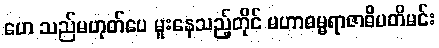
ဟေ သည်မဟုတ်ပေ မူးနေသည့်တိုင် မဟာဓမ္မရာဇာဓိပတိမင်း